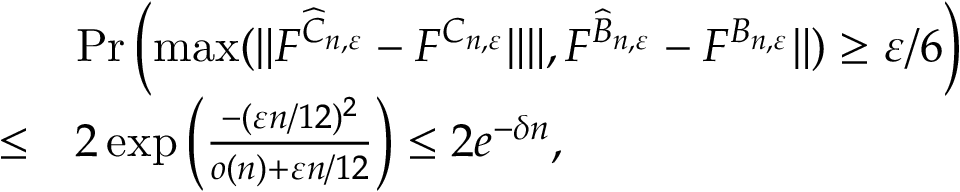
\begin{array} { r l } & { \operatorname* { P r } \left( \operatorname* { m a x } ( \| F ^ { \widehat C _ { n , \varepsilon } } - F ^ { C _ { n , \varepsilon } } \| \| , F ^ { \widehat B _ { n , \varepsilon } } - F ^ { B _ { n , \varepsilon } } \| ) \ge \varepsilon / 6 \right) } \\ { \le } & { 2 \exp \left( \frac { - ( \varepsilon n / 1 2 ) ^ { 2 } } { o ( n ) + \varepsilon n / 1 2 } \right) \le 2 e ^ { - \delta n } , } \end{array}